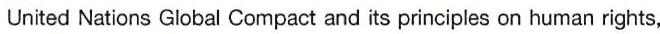
United Nations Global Compact and its principles on human rights,